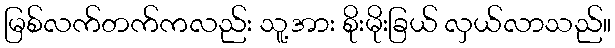
မြစ်လက်တက်ကလည်း သူ့အား စိုးမိုးခြယ် လှယ်လာသည်။